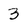
Character: 3